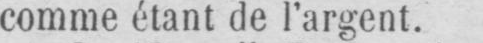
comme étant de l’argent.